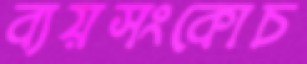
ব্যয়সংকোচ